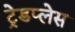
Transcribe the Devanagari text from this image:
ट्रेडप्लेस